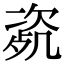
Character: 𣣰